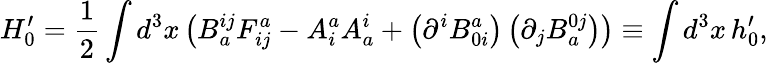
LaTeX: H_{0}^{\prime}=\frac{1}{2}\int d^{3}x\left(B_{a}^{ij}F_{ij}^{a}-A_{i}^{a}A_{a}^{i}+\left(\partial^{i}B_{0i}^{a}\right)\left(\partial_{j}B_{a}^{0j}\right)\right)\equiv\int d^{3}x\, h_{0}^{\prime},